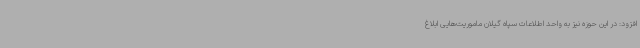
افزود: در این حوزه نیز به واحد اطلاعات سپاه گیلان ماموریت‌هایی ابلاغ